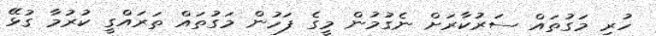
ހުރި މަގުތައް ސަރުކާރަށް ނެގުމުން މީގެ ފަހުން މަގުތައް ތަރައްގީ ކުރުމާ ގުޅޭ